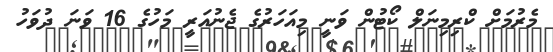
މެރުމަށް ކްރިމިނަލް ކޯޓުން ވަނީ މިއަހަރުގެ ޖެނުއަރީ މަހުގެ 16 ވަނަ ދުވަހު